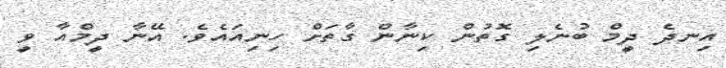
އިނދެ ދީމް ބުނެލި ގޮތުން ކިނާން ގާތަށް ހިނިއައެވެ. އޭނާ ދީމްއާ ވީ